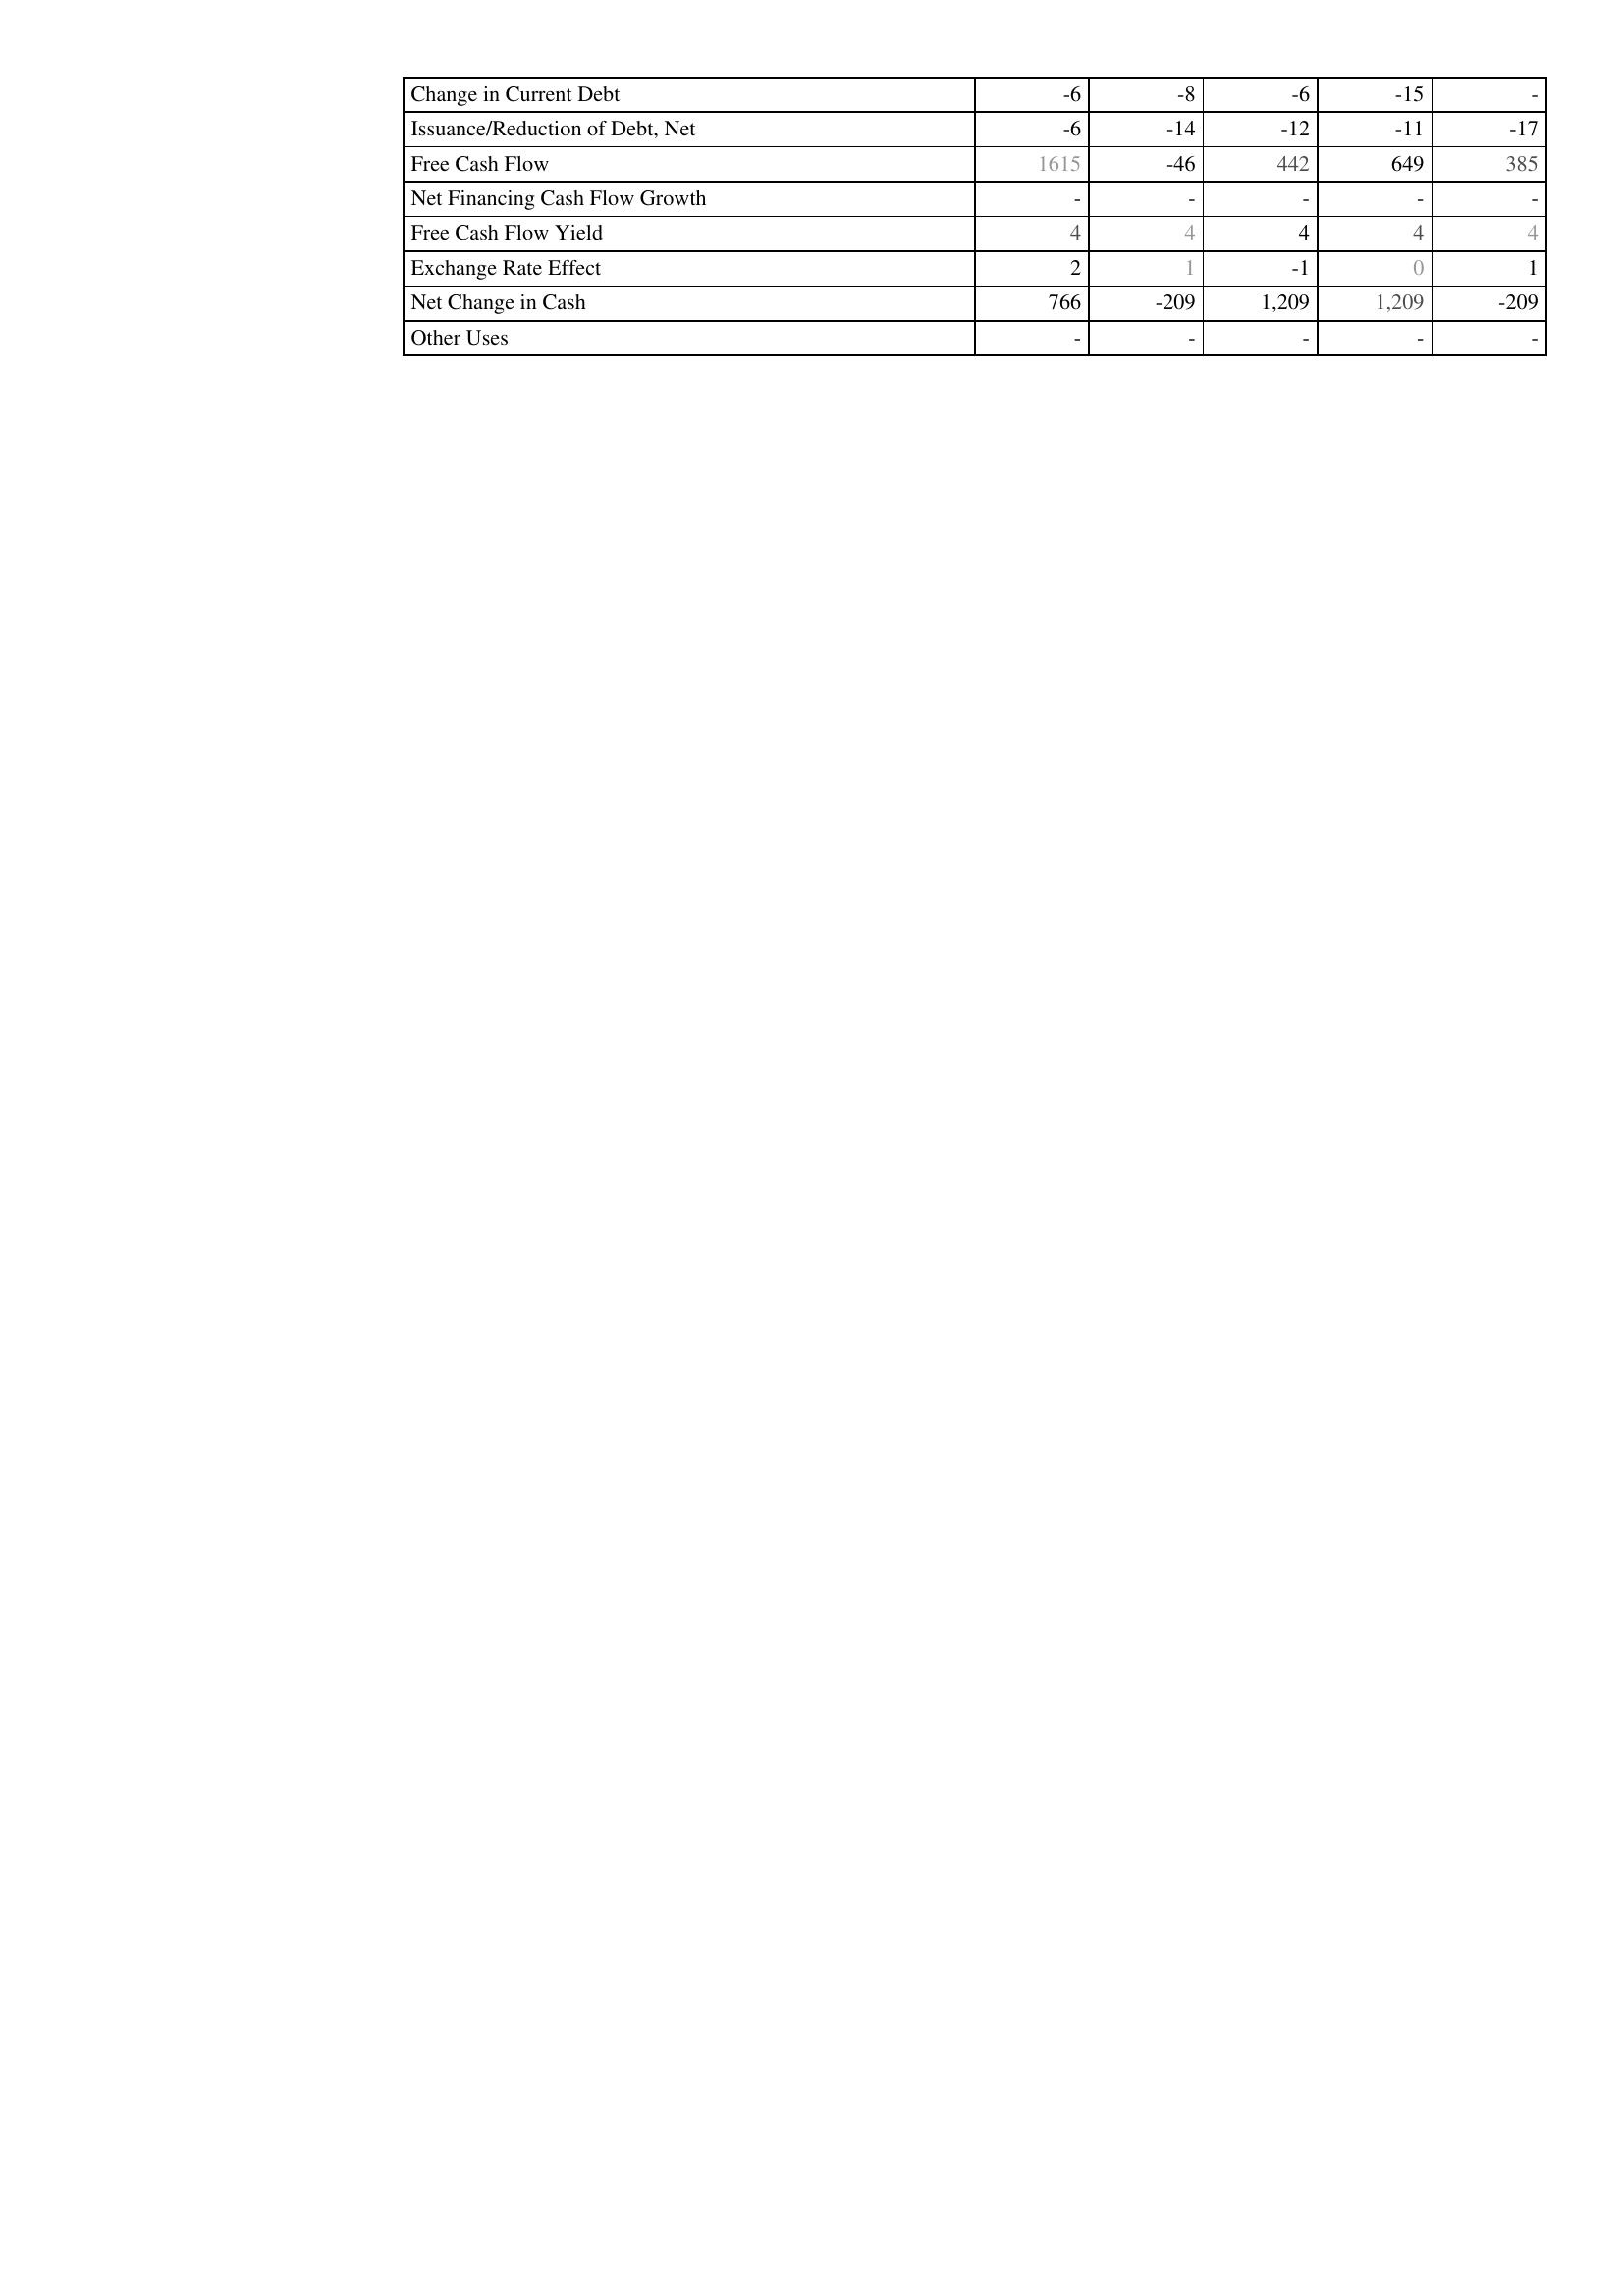
2022: Financing Activities: Change in Current Debt: -6
Issuance/Reduction of Debt, Net: -6
Free Cash Flow: 1615
Net Financing Cash Flow Growth: -
Free Cash Flow Yield: 4
Exchange Rate Effect: 2
Net Change in Cash: 766
Other Uses: -
2021: Financing Activities: Change in Current Debt: -8
Issuance/Reduction of Debt, Net: -14
Free Cash Flow: -46
Net Financing Cash Flow Growth: -
Free Cash Flow Yield: 4
Exchange Rate Effect: 1
Net Change in Cash: -209
Other Uses: -
2020: Financing Activities: Change in Current Debt: -6
Issuance/Reduction of Debt, Net: -12
Free Cash Flow: 442
Net Financing Cash Flow Growth: -
Free Cash Flow Yield: 4
Exchange Rate Effect: -1
Net Change in Cash: 1,209
Other Uses: -
2019: Financing Activities: Change in Current Debt: -15
Issuance/Reduction of Debt, Net: -11
Free Cash Flow: 649
Net Financing Cash Flow Growth: -
Free Cash Flow Yield: 4
Exchange Rate Effect: 0
Net Change in Cash: 1,209
Other Uses: -
2018: Financing Activities: Change in Current Debt: -
Issuance/Reduction of Debt, Net: -17
Free Cash Flow: 385
Net Financing Cash Flow Growth: -
Free Cash Flow Yield: 4
Exchange Rate Effect: 1
Net Change in Cash: -209
Other Uses: -